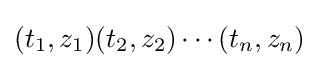
(t_{1},z_{1})(t_{2},z_{2})\cdots (t_{n},z_{n})